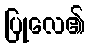
ပြုလေ၏